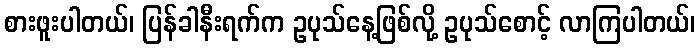
စားဖူးပါတယ်၊ ပြန်ခါနီးရက်က ဥပုသ်နေ့ဖြစ်လို့ ဥပုသ်စောင့် လာကြပါတယ်၊